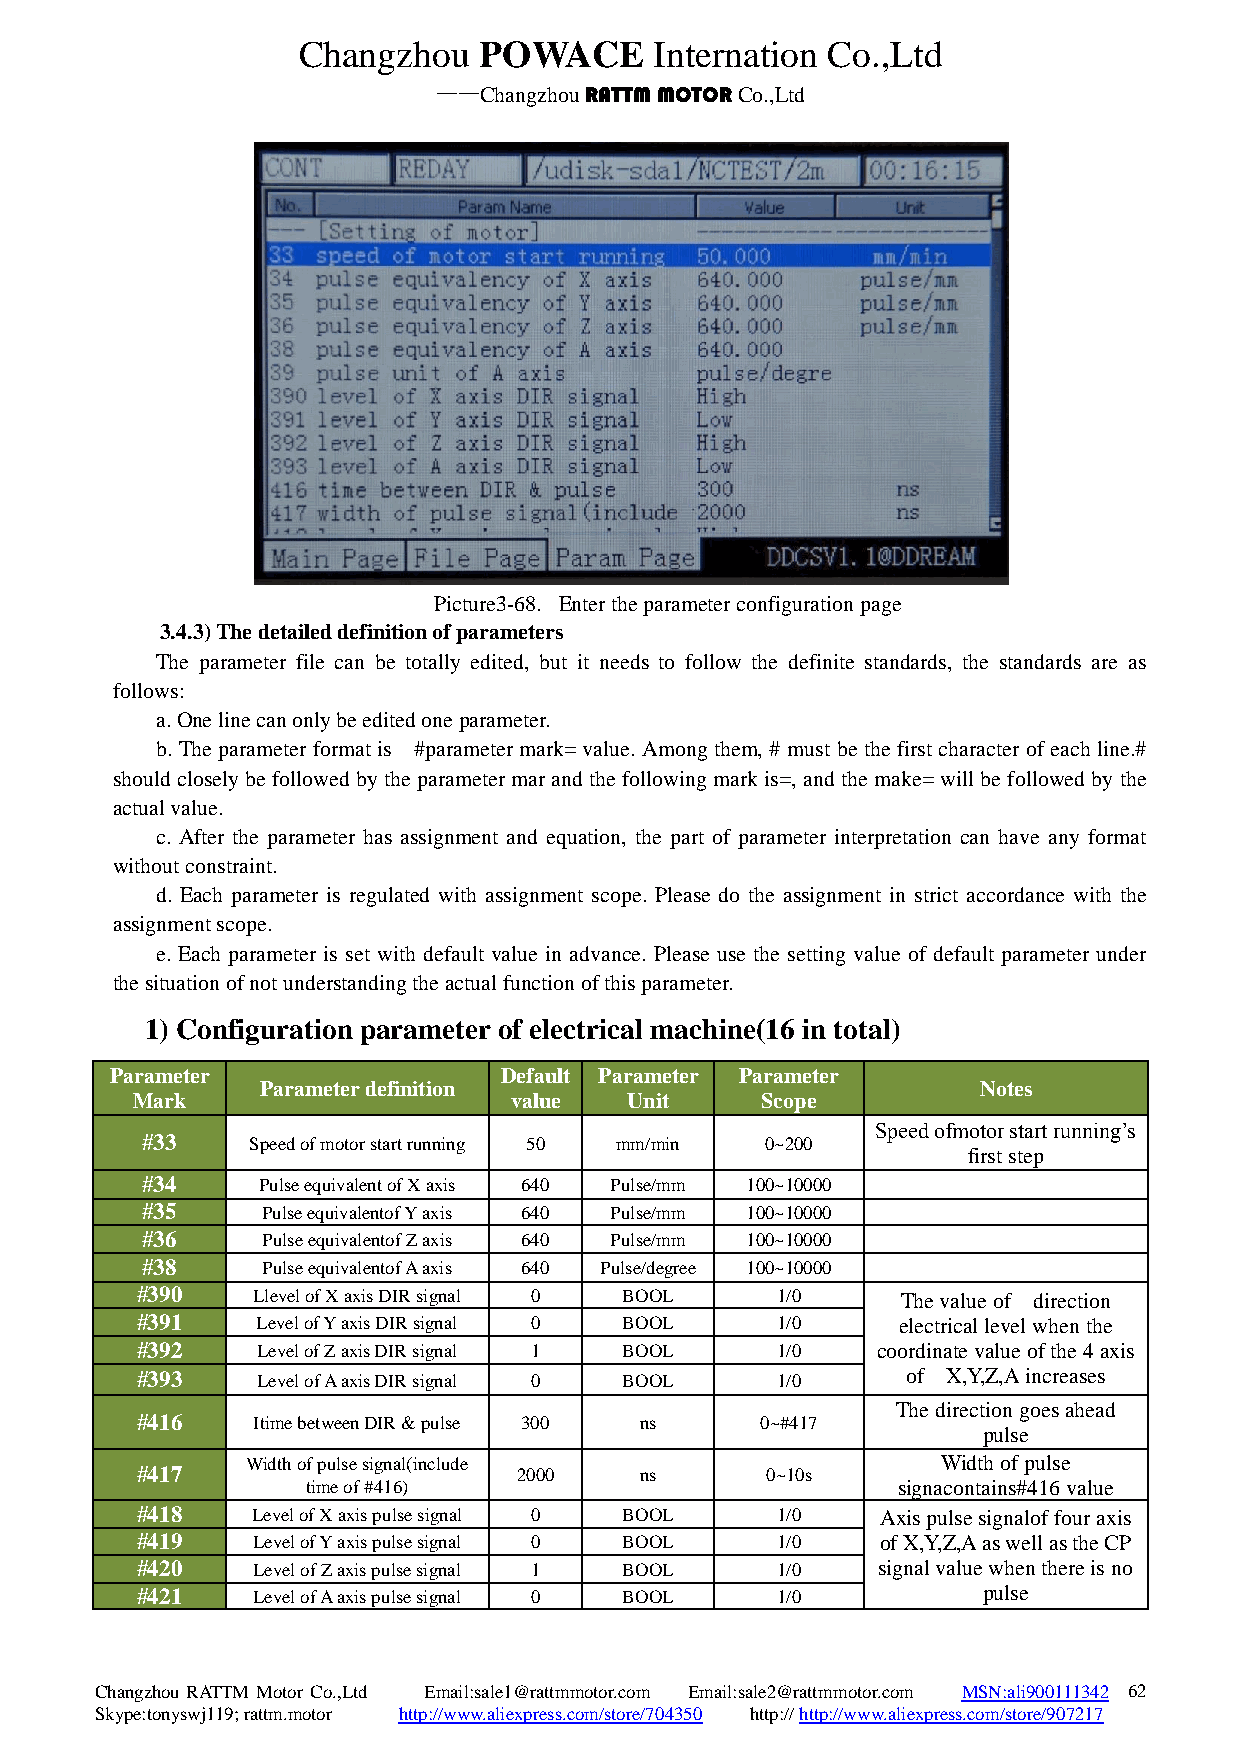
Changzhou   POWACE     Internation Co.,Ltd
 ——Changzhou RATTM MOTOR Co.,Ltd
 Picture3-68. Enter the parameter configuration page
 3.4.3) The detailed definition of parameters
 The parameter file can be totally edited, but it needs to follow the definite standards, the standards are as
 follows:
 a. One line can only be edited one parameter.
 b. The parameter format is #parameter mark= value. Among them, # must be the first character of each line.#
 should closely be followed by the parameter mar and the following mark is=, and the make= will be followed by the
 actual value.
 c. After the parameter has assignment and equation, the part of parameter interpretation can have any format
 without constraint.
 d. Each parameter is regulated with assignment scope. Please do the assignment in strict accordance with the
 assignment scope.
 e. Each parameter is set with default value in advance. Please use the setting value of default parameter under
 the situation of not understanding the actual function of this parameter.
 1) Configuration parameter of electrical machine(16 in total)
 Parameter                 Default Parameter Parameter
 Parameter definition                            Notes
 Mark                     value   Unit    Scope
 Speed ofmotor start running’s
 #33     Speed of motor start running 50 mm/min 0~200
 first step
 #34     Pulse equivalent of X axis 640 Pulse/mm 100~10000
 #35     Pulse equivalentof Y axis 640 Pulse/mm 100~10000
 #36     Pulse equivalentof Z axis 640 Pulse/mm 100~10000
 #38     Pulse equivalentof A axis 640 Pulse/degree 100~10000
 #390    Llevel of X axis DIR signal 0 BOOL 1/0     The value of direction
 #391    Level of Y axis DIR signal 0 BOOL 1/0     electrical level when the
 #392    Level of Z axis DIR signal 1 BOOL 1/0    coordinate value of the 4 axis
 #393    Level of A axis DIR signal 0 BOOL 1/0      of X,Y,Z,A increases
 The direction goes ahead
 #416    Itime between DIR & pulse 300 ns 0~#417
 pulse
 Width of pulse signal(include                 Width of pulse
 #417                     2000    ns       0~10s
 time of #416)                          signacontains#416 value
 #418    Level of X axis pulse signal 0 BOOL 1/0  Axis pulse signalof four axis
 #419    Level of Y axis pulse signal 0 BOOL 1/0  of X,Y,Z,A as well as the CP
 #420    Level of Z axis pulse signal 1 BOOL 1/0  signal value when there is no
 #421    Level of A axis pulse signal 0 BOOL 1/0         pulse
 Changzhou RATTM Motor Co.,Ltd Email:sale1@rattmmotor.com Email:sale2@rattmmotor.com MSN:ali900111342 6 2
 Skype:tonyswj119; rattm.motor http://www.aliexpress.com/store/704350 http:// http://www.aliexpress.com/store/907217